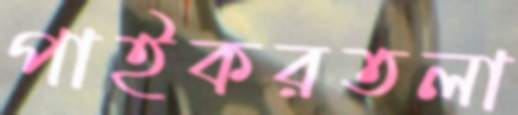
পাইকরতলা